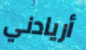
أريادني